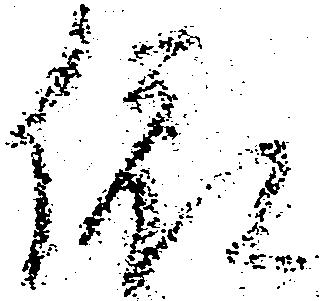
依